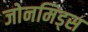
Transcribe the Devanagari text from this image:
जोनमिड्स